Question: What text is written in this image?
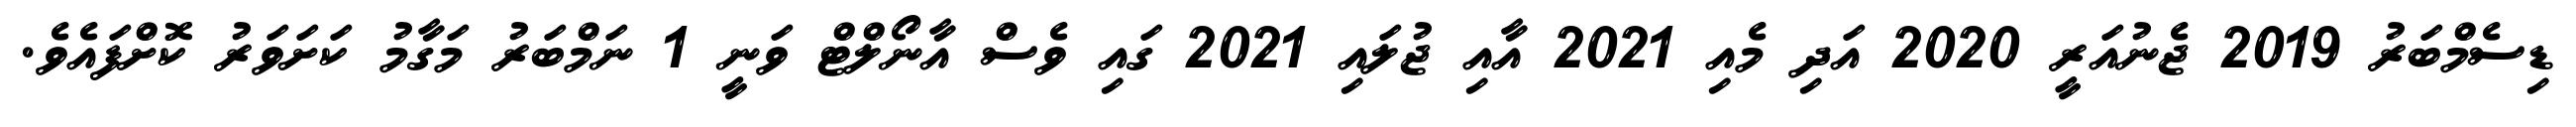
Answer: ޑިސެމްބަރު 2019 ޖެނުއަރީ 2020 އަދި މެއި 2021 އާއި ޖުލައި 2021 ގައި ވެސް އާނޯލްޓް ވަނީ 1 ނަމްބަރު މަގާމު ކަށަވަރު ކޮށްފައެވެ.